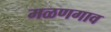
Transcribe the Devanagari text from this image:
मळणगाव